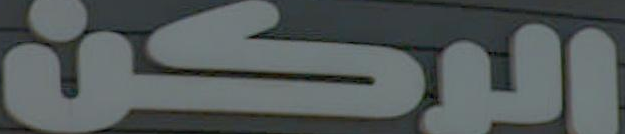
الركن